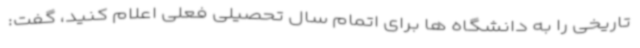
تاریخی را به دانشگاه ها برای اتمام سال تحصیلی فعلی اعلام کنید، گفت: